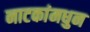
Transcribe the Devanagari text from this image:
नाटकांमधुन